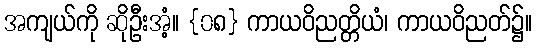
အကျယ်ကို ဆိုဦးအံ့။ {၀၈} ကာယဝိညတ္တိယံ၊ ကာယဝိညတ်၌။